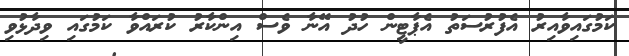
ކަމުގައިވާއިރު އެފުރުސަތު އެޕާޓީން ހުދު އޭނާ ވެސް އިންކާރު ކުރައްވާ ކަމުގައި ވިދާޅުވި